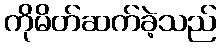
ကိုမိတ်ဆက်ခဲ့သည်